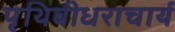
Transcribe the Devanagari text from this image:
पृथिवीधराचार्य